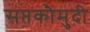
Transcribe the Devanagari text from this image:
सप्तकौमुदी